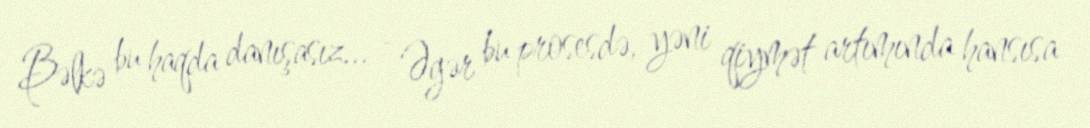
Bəlkə bu haqda danışasız... - Əgər bu prosesdə, yəni qiymət artımında hansısa